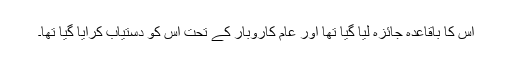
اس کا باقاعدہ جائزہ لیا گیا تھا اور عام کاروبار کے تحت اس کو دستیاب کرایا گیا تھا۔